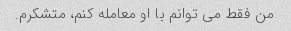
من فقط می توانم با او معامله کنم، متشکرم.